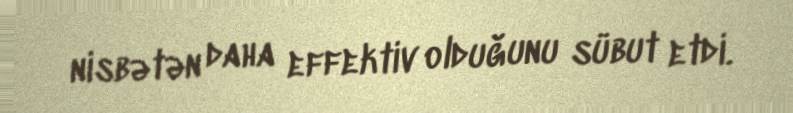
nisbətən daha effektiv olduğunu sübut etdi.